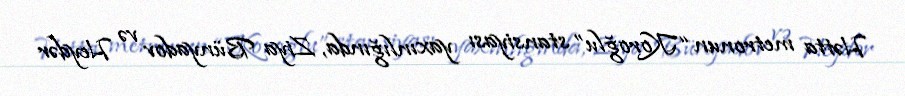
Hətta metronun “Koroğlu” stansiyası yaxınlığında, Ziya Bünyadov və Heydər